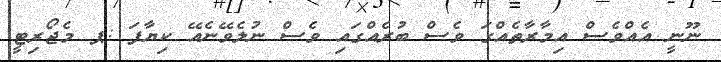
ނޫނީ އެއްވެސް އިމާރާތެއްގަ ވެސް ބުރެއްގައި ވެސް ނުލެވޭނެއޭ ކިޔާފަ :ޕ މެޖޯރިޓީ